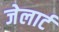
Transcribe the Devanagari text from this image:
जेलार्ट